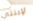
لإبنتي